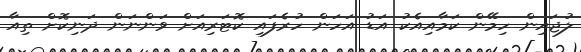
ލުޖައިން ހިމޭން ކަމާއިއެކު އަޑު އަހަން ހުރެފައި ކޮޓަރިއަށް ވަންނަން ދަނިކޮށް ތިއާ